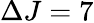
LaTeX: \Delta J=7